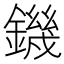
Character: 鐖